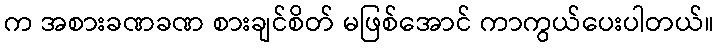
က အစားခဏခဏ စားချင်စိတ် မဖြစ်အောင် ကာကွယ်ပေးပါတယ်။